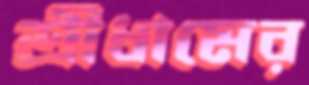
শ্রীধামের